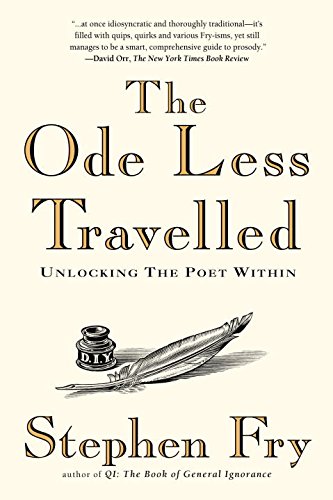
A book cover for The Ode Less Travelled: Unlocking the Poet Within; Stephen Fry; Literature & Fiction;